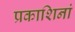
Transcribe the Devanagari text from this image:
प्रकाशिनां